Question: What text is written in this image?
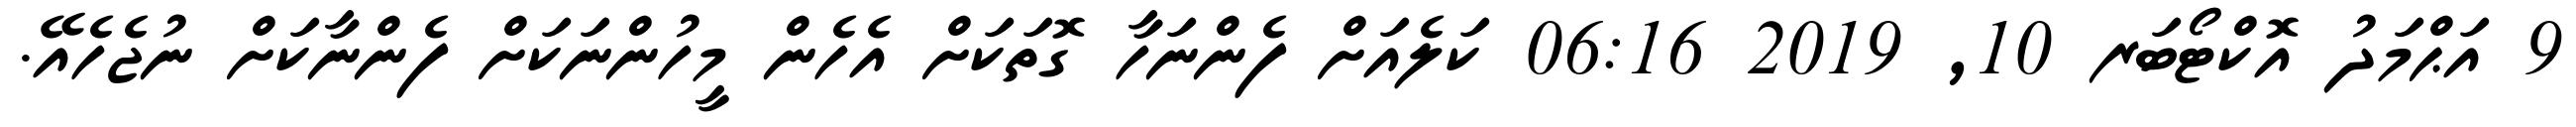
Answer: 9 އަޙްމަދު އޮކްޓޯބަރ 10, 2019 06:16 ކަލެއަށް ފެންނަހާ ގޮތަކަށް އެހެން މީހުންނަކަށް ފެންނާކަށް ނުޖެހެއޭ.